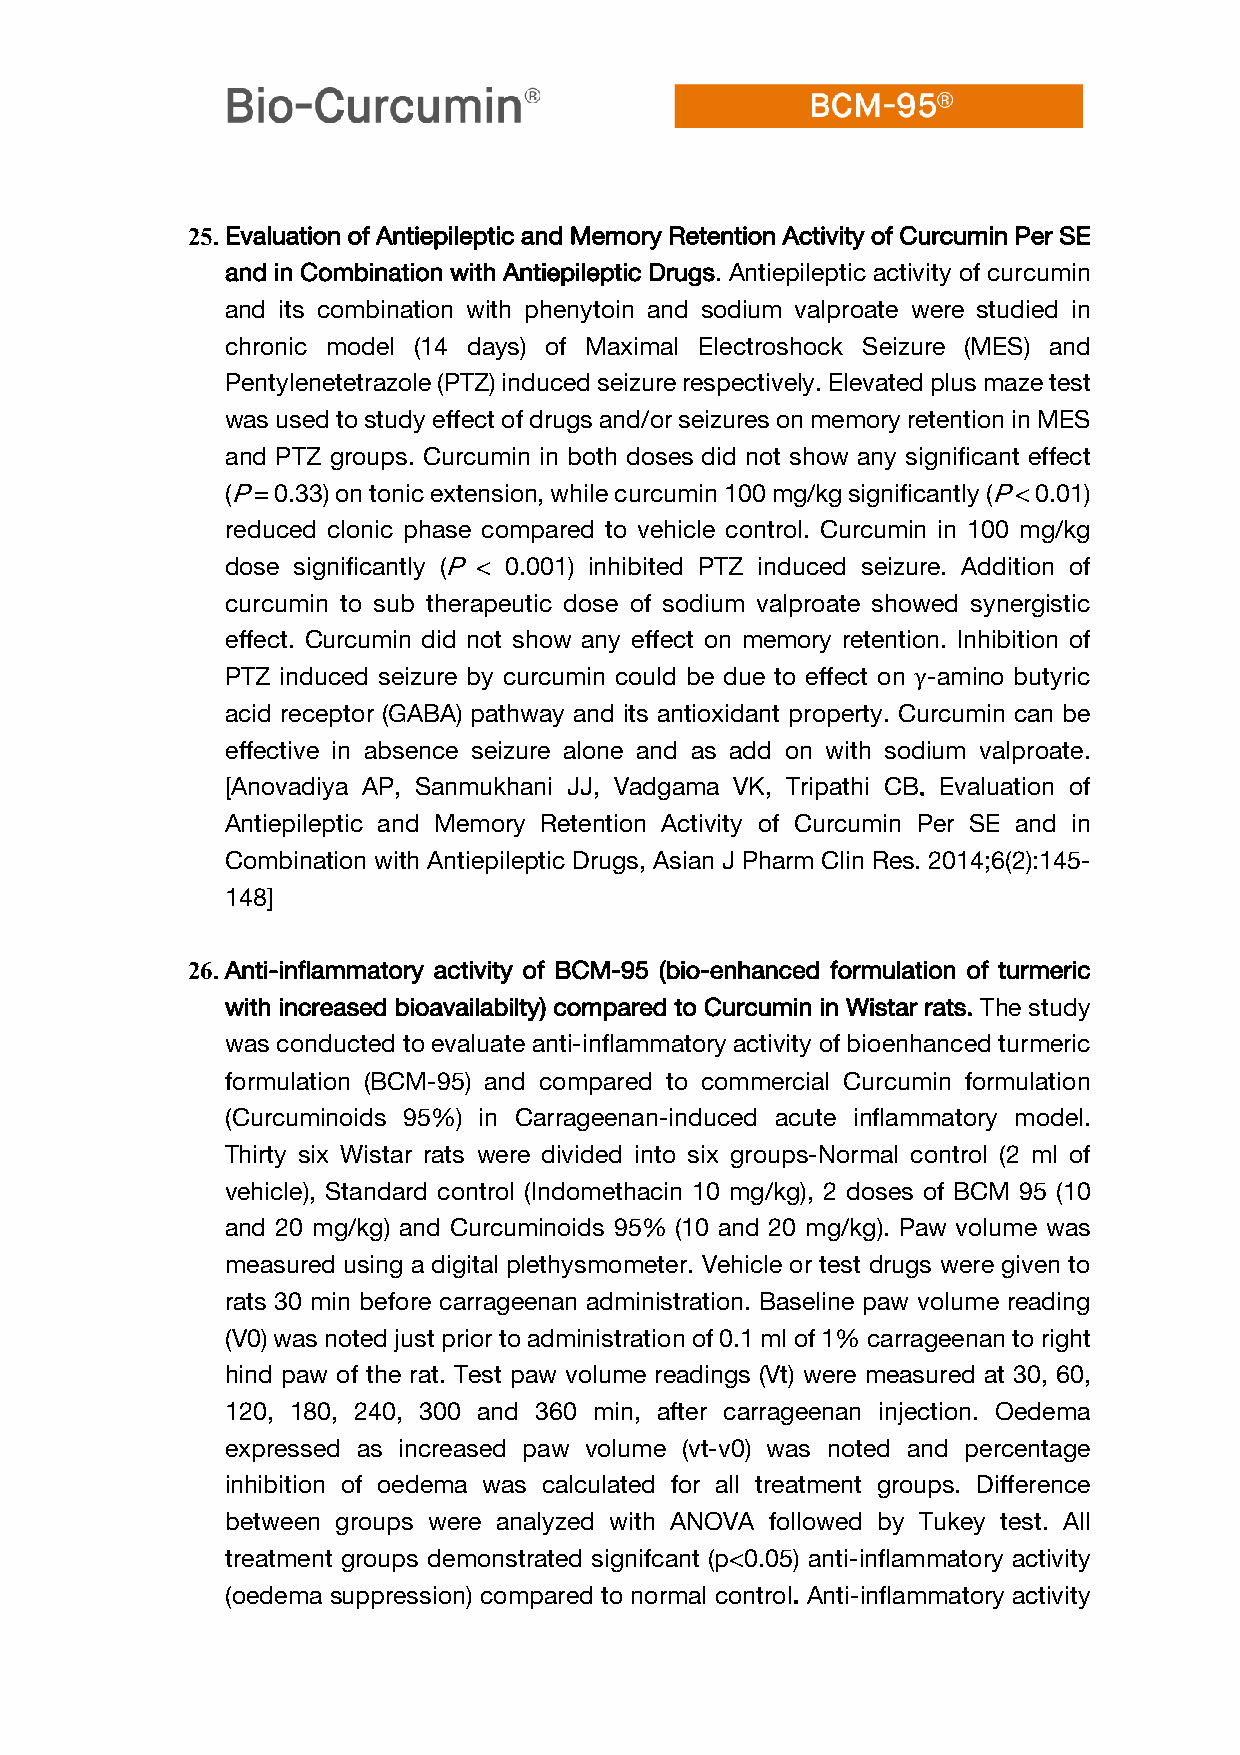
25. Evaluation of Antiepileptic and Memory Retention Activity of Curcumin Per SE
 and in Combination with Antiepileptic Drugs. Antiepileptic activity of curcumin
 and its combination with phenytoin and sodium valproate were studied in
 chronic model (14 days) of Maximal Electroshock Seizure (MES) and
 Pentylenetetrazole (PTZ) induced seizure respectively. Elevated plus maze test
 was used to study effect of drugs and/or seizures on memory retention in MES
 and PTZ groups. Curcumin in both doses did not show any significant effect
 (P = 0.33) on tonic extension, while curcumin 100 mg/kg significantly (P < 0.01)
 reduced clonic phase compared to vehicle control. Curcumin in 100 mg/kg
 dose significantly (P < 0.001) inhibited PTZ induced seizure. Addition of
 curcumin to sub therapeutic dose of sodium valproate showed synergistic
 effect. Curcumin did not show any effect on memory retention. Inhibition of
 PTZ induced seizure by curcumin could be due to effect on γ-amino butyric
 acid receptor (GABA) pathway and its antioxidant property. Curcumin can be
 effective in absence seizure alone and as add on with sodium valproate.
 [Anovadiya AP, Sanmukhani JJ, Vadgama VK, Tripathi CB. Evaluation of
 Antiepileptic and Memory Retention Activity of Curcumin Per SE and in
 Combination with Antiepileptic Drugs, Asian J Pharm Clin Res. 2014;6(2):145-
 148]
 26. Anti-inflammatory activity of BCM-95 (bio-enhanced formulation of turmeric
 with increased bioavailabilty) compared to Curcumin in Wistar rats. The study
 was conducted to evaluate anti-inflammatory activity of bioenhanced turmeric
 formulation (BCM-95) and compared to commercial Curcumin formulation
 (Curcuminoids 95%) in Carrageenan-induced acute inflammatory model.
 Thirty six Wistar rats were divided into six groups-Normal control (2 ml of
 vehicle), Standard control (Indomethacin 10 mg/kg), 2 doses of BCM 95 (10
 and 20 mg/kg) and Curcuminoids 95% (10 and 20 mg/kg). Paw volume was
 measured using a digital plethysmometer. Vehicle or test drugs were given to
 rats 30 min before carrageenan administration. Baseline paw volume reading
 (V0) was noted just prior to administration of 0.1 ml of 1% carrageenan to right
 hind paw of the rat. Test paw volume readings (Vt) were measured at 30, 60,
 120, 180, 240, 300 and 360 min, after carrageenan injection. Oedema
 expressed as increased paw volume (vt-v0) was noted and percentage
 inhibition of oedema was calculated for all treatment groups. Difference
 between groups were analyzed with ANOVA followed by Tukey test. All
 treatment groups demonstrated signifcant (p<0.05) anti-inflammatory activity
 (oedema suppression) compared to normal control. Anti-inflammatory activity